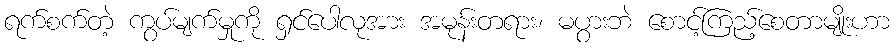
ရက်စက်တဲ့ ကွပ်မျက်မှုကို ရှင်ပေါလုအား အမုန်းတရား၊ မပွားဘဲ စောင့်ကြည့်စေတာမျိုးဟာ